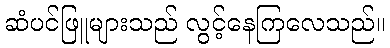
ဆံပင်ဖြူများသည် လွင့်နေကြလေသည်။